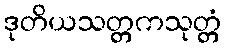
ဒုတိယသတ္တကသုတ္တံ